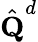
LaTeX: \hat{\textbf{Q}}^{d}